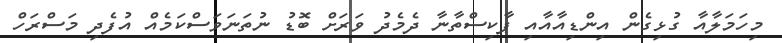
މިހަމަލާއާ ގުޅިގެން އިންޑިއާއާއި ޕާކިސްތާނާ ދެމެދު ވަރަށް ބޮޑު ނުތަނަވަސްކަމެއް އުފެދި މަސްރަހް